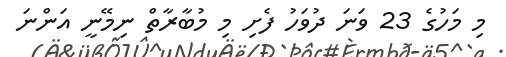
މި މަހުގެ 23 ވަނަ ދުވަހު ފެށި މި މުބާރާތް ނިމޭނީ އަންނަ